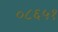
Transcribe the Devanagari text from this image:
०८६५१